Vaccination in the Punjab 1897-1904 - 1897-1904
Year: 1897
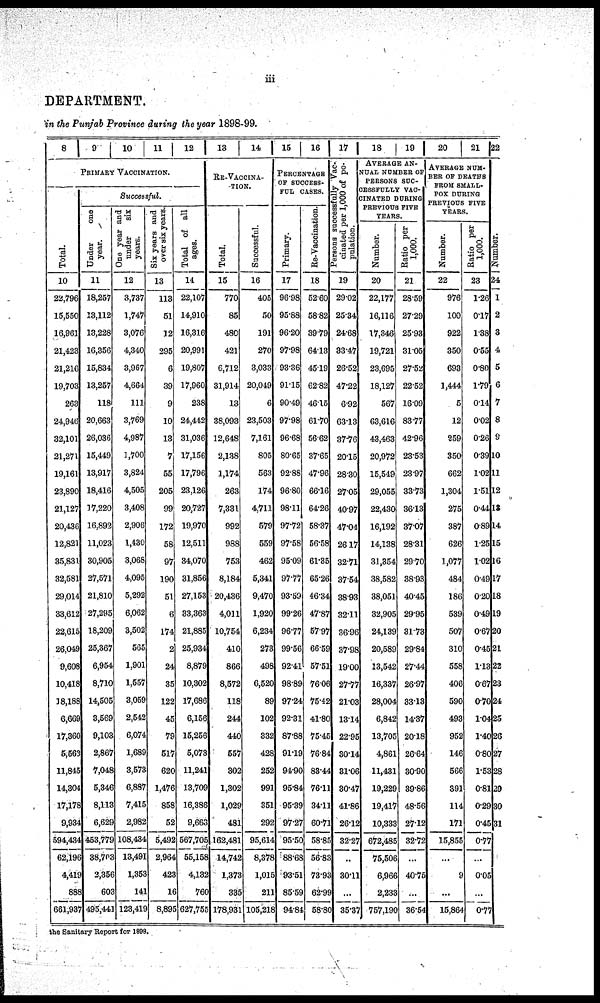
iii
DEPARTMENT.
in the Punjab Province during the year 1898-99.
8 9 10 11 12
PRIMARY VACCINATION.
Total.
10
22,796
15,550
16,961
21,423
21,216
19,703
263
24,946
32,101
21,271
19,161
23,890
21,127
20,436
12,821
35,831
32,581
29,014
33,612
22,615
26,049
9,608
10,418
38,188
6,669
17,360
5,563
11,845
14,304
17,178
9,934
594,434
62,196
4,419
888
661,937
Successful.
Under
one
year.
11
18,257
13,112
13,228
16,356
15,834
13,257
118
20,663
26,036
15,449
13,917
18,416
17,220
16,892
11,023
30,905
27,571
21,810
27,295
18,209
25,367
6,954
8,710
14,505
3,569
9,103
2,867
7,048
5,346
8,113
6,629
453,779
38,703
2,356
603
495,441
One year and
under
six
years.
12
3,737
1,747
3,076
4,340
3,967
4,664
111
3,769
4,987
1,700
3,824
4,505
3,408
2,906
1,430
3,068
4,095
5,292
6,062
3,502
565
1,901
1,557
3,059
2,542
6,074
1,689
3,573
6,887
7,415
2,982
108,434
13,491
1,353
141
123,419
Six years and
over six years.
13
113
51
12
295
6
39
9
10
13
7
55
205
99
172
58
97
190
51
6
174
2
24
35
122
45
79
517
620
1,476
858
52
5,492
2,964
423
16
8,895
Total of all
ages.
14
22,107
14,910
16,316
20,991
19,807
17,960
238
24,442
31,036
17,156
17,796
23,126
20,727
19,970
12,511
34,070
31,856
27,153
33,363
21,885
25,934
8,879
10,302
17,686
6,156
15,256
5,073
11,241
13,709
16,386
9,663
567,705
55,158
4,132
760
627,755
13
14
RE-VACCINA-
----.
Total.
15
770
85
480
421
6,712
31,914
13
38,093
12,648
2,138
1,174
263
7,331
992
988
753
8,184
20,436
4,011
10,754
410
866
8,572
118
244
440
557
302
1,302
1,029
481
162,481
14,742
1,373
335
178,931
Successful.
16
405
50
191
270
3,033
20,049
6
23,503
7,161
805
563
174
4,711
579
559
462
5,341
9,470
1,920
6,234
273
498
6,520
89
102
332
428
252
991
351
292
95,614
8,378
1,015
211
105,218
15
16
PERCENTAGE
OF SUCCESS-
FUL CASES.
Primary.
17
96.98
95.88
96.20
97.98
93.36
91.15
90.49
97.98
96.68
80.65
92.88
96.80
98.11
97.72
97.58
95.09
97.77
93.59
99.26
96.77
99.56
92.41
98.89
97.24
92.31
87.88
91.19
94.90
95.84
95.39
97.27
95.50
88.68
93.51
85.59
94.84
Re-Vaccination.
18
52.60
58.82
39.79
64.13
45.19
62.82
46.15
61.70
56.62
37.65
47.96
66.16
64.26
58.37
56.58
61.35
65.26
46.34
47.87
57.97
66.59
57.51
76.06
75.42
41.80
75.45
76.84
83.44
76.11
34.11
60.71
58.85
56.83
73.93
62.99
58.80
17
Persons successfully Vac-
cinated per 1,000 of po-
pulation.
19
29.02
25.34
24.68
33.47
26.52
47.22
6.92
63.13
37.76
20.15
28.30
27.05
40.97
47.04
26.17
32.71
37.54
38.93
32.11
36.96
37.98
19.00
27.77
21.03
13.14
22.95
30.14
31.06
30.47
41.86
26.12
32.27
..
30.11
...
35.37
18
19
AVERAGE AN-
NUAL NUMBER OF
PERSONS SUC-
CESSFULLY VAC-
CINATED DURING
PREVIOUS FIVE
YEARS.
Number.
20
22,177
16,116
17,346
19,721
23,695
18,127
567
63,616
43,463
20,972
15,549
29,055
22,430
16,192
14,138
31,354
38,582
38,051
32,905
24,139
20,589
13,542
16,337
28,004
6,842
13,705
4,861
11,431
19,229
19,417
10,333
672,485
75,506
6,966
2,233
757,190
Ratio per
1,000.
21
28.59
27.29
25.93
31.05
27.52
22.52
16.09
83.77
42.96
23.53
23.97
33.73
36.13
37.07
28.31
29.70
38.93
40.45
29.95
31.73
29.84
27.44
26.97
33.13
14.37
20.18
26.64
30.90
39.86
48.56
27.12
32.72
...
40.75
...
36.54
20
21
AVERAGE NUM-
--- OF DEATHS
FROM SMALL-
POX DURING
PREVIOUS FIVE
YEARS.
Number.
22
976
100
922
350
693
1,444
5
12
259
350
662
1,304
275
387
626
1,077
484
186
539
507
310
558
406
590
493
952
146
566
391
114
171
15,855
...
9
...
15,864
Ratio per
1,000.
23
1.26
0.17
1.38
0.55
0.80
1.79
0.14
0.02
0.26
0.39
1.02
1.51
0.44
0.89
1.25
1.02
0.49
0.20
0.49
0.67
0.45
1.13
0.67
0.70
104
1.40
0.80
1.53
0.81
0.29
0.45
0.77
...
0.05
...
0.77
22
Number.
24
1
2
3
4
5
6
7
8
9
10
11
12
18
14
15
16
17
18
19
20
21
22
23
24
25
26
27
28
29
30
31
the Sanitary Report for 1898.